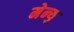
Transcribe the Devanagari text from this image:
मेन्‍यु